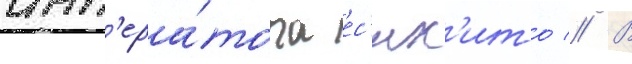
имп'ера́тора ес'их'ито // В